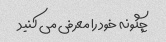
چگونه خود را معرفی می کنید